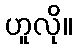
ဟူလို။